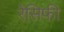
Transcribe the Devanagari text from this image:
रेसिफी